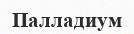
Палладиум